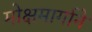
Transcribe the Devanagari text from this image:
मोक्षमार्गाने